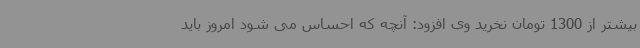
بیشتر از 1300 تومان نخرید وی افزود: آنچه که احساس می شود امروز باید